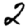
Digit: 2